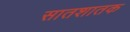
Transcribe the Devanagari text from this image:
सातशातक